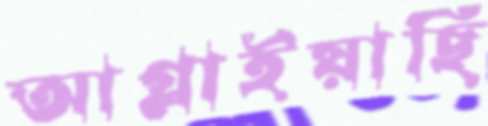
আগ্‌লাইয়াছি